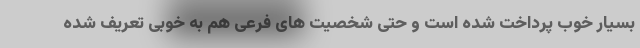
بسیار خوب پرداخت شده است و حتی شخصیت های فرعی هم به خوبی تعریف شده